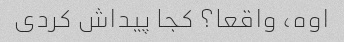
اوه، واقعا؟ کجا پیداش کردی